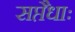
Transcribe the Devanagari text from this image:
सप्तैधाः